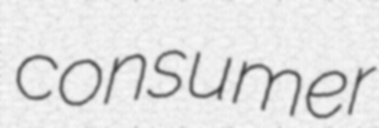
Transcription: consumer